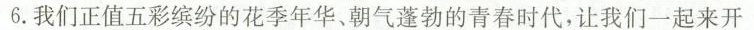
6.我们正值五彩缤纷的花季年华、朝气蓬勃的青春时代，让我们一起来开